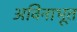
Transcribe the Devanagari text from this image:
अविनाभूत